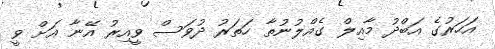
އަހަރުގެ އަބްދު މާއިލް ގެއްލުނުތާ ހަތަރު ދުވަސް ވީއިރު އޭނާ އަށް ވީ